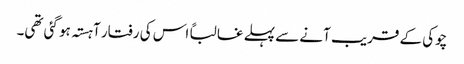
چوکی کے قریب آنے سے پہلے غالباً اس کی رفتار آہستہ ہو گئی تھی۔